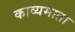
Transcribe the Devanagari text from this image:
काव्यमाता